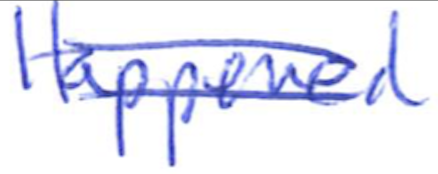
Text: Happened
Cross-out: double-line
Writing tool: ballpoint